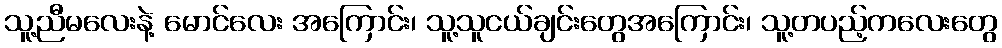
သူ့ညီမလေးနဲ့ မောင်လေး အကြောင်း၊ သူ့သူငယ်ချင်းတွေအကြောင်း၊ သူ့တပည့်ကလေးတွေ